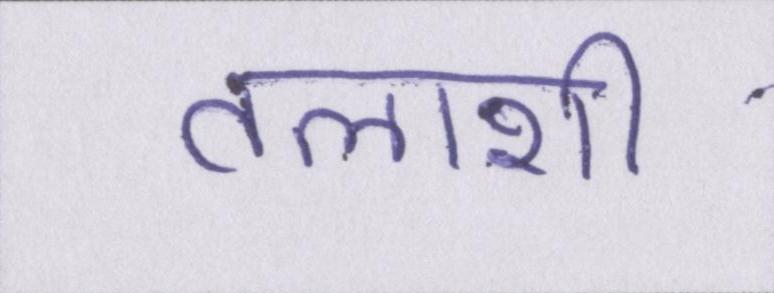
तलाशी